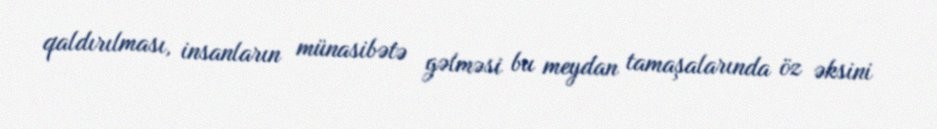
qaldırılması, insanların münasibətə gəlməsi bu meydan tamaşalarında öz əksini